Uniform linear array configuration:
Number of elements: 48
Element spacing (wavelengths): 1
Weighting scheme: cosine
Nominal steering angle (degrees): -45
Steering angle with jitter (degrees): -44.755
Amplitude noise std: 0.05
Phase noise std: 0.05

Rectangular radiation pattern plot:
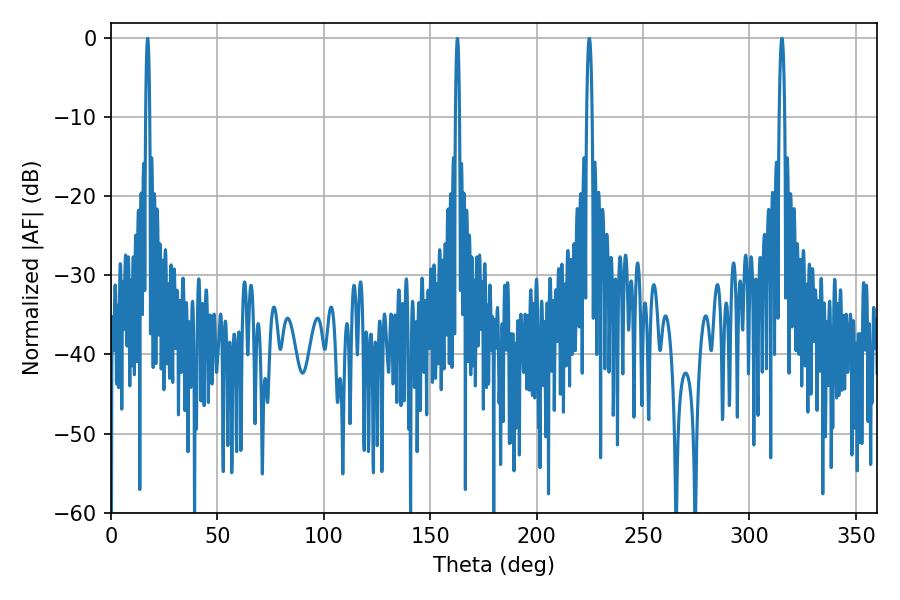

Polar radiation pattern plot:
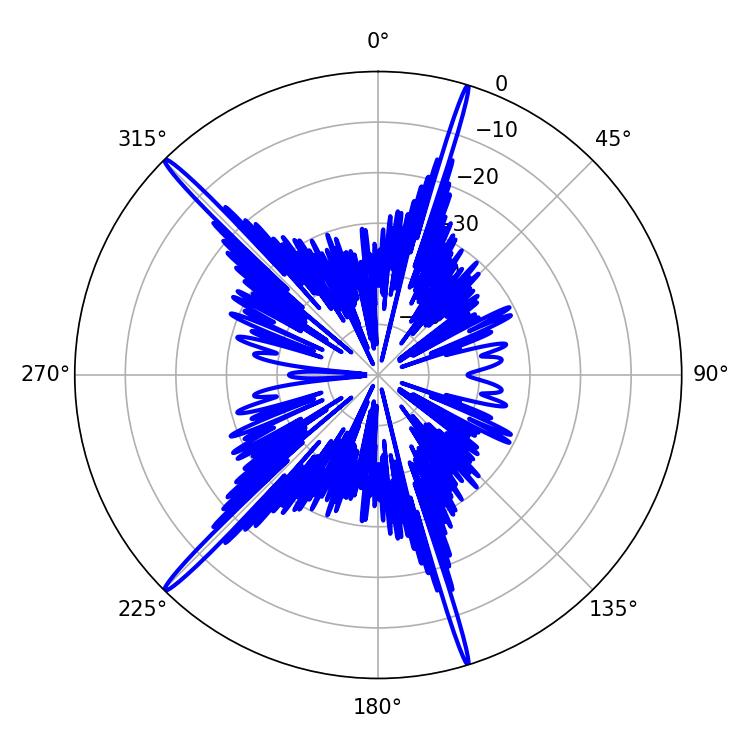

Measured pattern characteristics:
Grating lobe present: TRUE
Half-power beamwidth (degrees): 1.26
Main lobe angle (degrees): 315.18